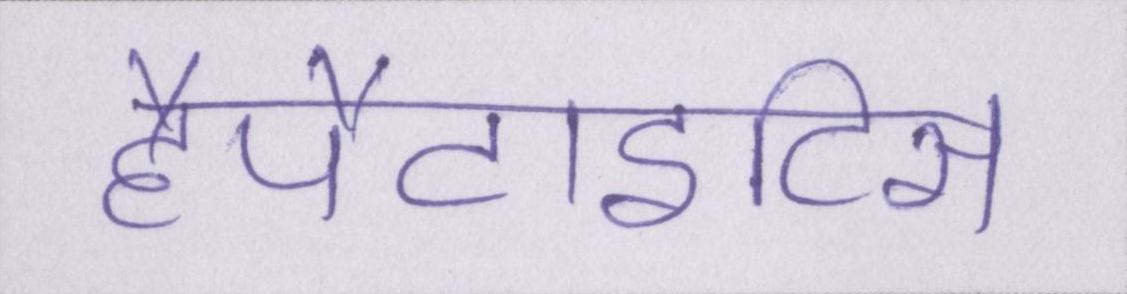
हैपैटाइटिस